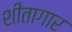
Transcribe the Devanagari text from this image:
शीतागार